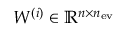
W ^ { ( i ) } \in \mathbb { R } ^ { n \times n _ { \mathrm { e v } } }